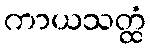
ကာယသတ္ထံ